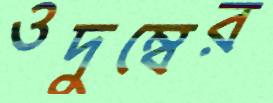
ওদুম্বের